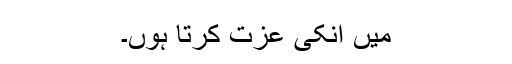
میں انکی عزت کرتا ہوں۔